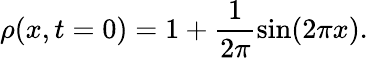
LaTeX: \rho(x,t=0)=1+\frac{1}{2\pi}\sin(2\pi x).